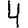
Digit: 4